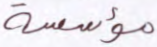
مؤسسة